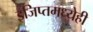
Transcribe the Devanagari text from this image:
इजिप्तमध्येही